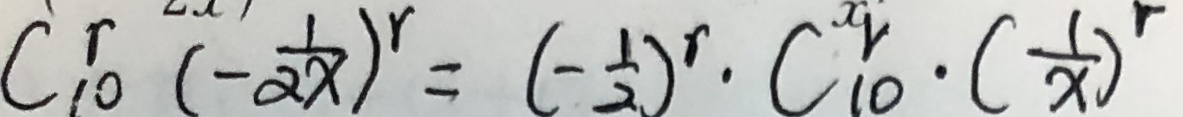
C ^ { r } _ { 1 0 } ( - \frac { 1 } { 2 x } ) ^ { r } = ( - \frac { 1 } { 2 } ) ^ { r } \cdot C _ { 1 0 } ^ { r } \cdot ( \frac { 1 } { x } ) ^ { r }